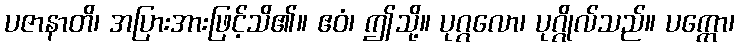
ပဇာနာတိ၊ အပြားအားဖြင့်သိ၏။ ဧဝံ၊ ဤသို့။ ပုဂ္ဂလော၊ ပုဂ္ဂိုလ်သည်။ ပက္ကော၊